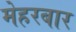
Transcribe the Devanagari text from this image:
मेहरबार